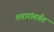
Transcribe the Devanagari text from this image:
शरारांतर्गत